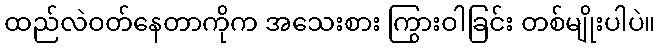
ထည်လဲဝတ်နေတာကိုက အသေးစား ကြွားဝါခြင်း တစ်မျိုးပါပဲ။